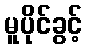
မူပိုင်ခွင့်